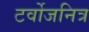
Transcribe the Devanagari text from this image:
टर्वोजनित्र